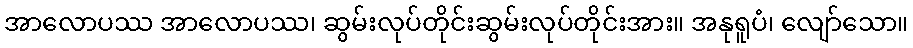
အာလောပဿ အာလောပဿ၊ ဆွမ်းလုပ်တိုင်းဆွမ်းလုပ်တိုင်းအား။ အနုရူပံ၊ လျော်သော။